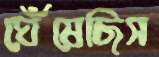
ঘেঁষেছিস